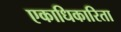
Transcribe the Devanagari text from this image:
एकाधिकारिता